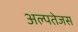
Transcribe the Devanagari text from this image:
अल्पतेजस